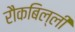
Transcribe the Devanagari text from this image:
रौकबिल्ली